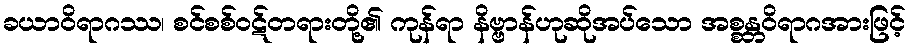
ခယာဝိရာဂဿ၊ စင်စစ်ဝဋ်တရားတို့၏ ကုန်ရာ နိဗ္ဗာန်ဟုဆိုအပ်သော အစ္စန္တဝိရာဂအားဖြင့်